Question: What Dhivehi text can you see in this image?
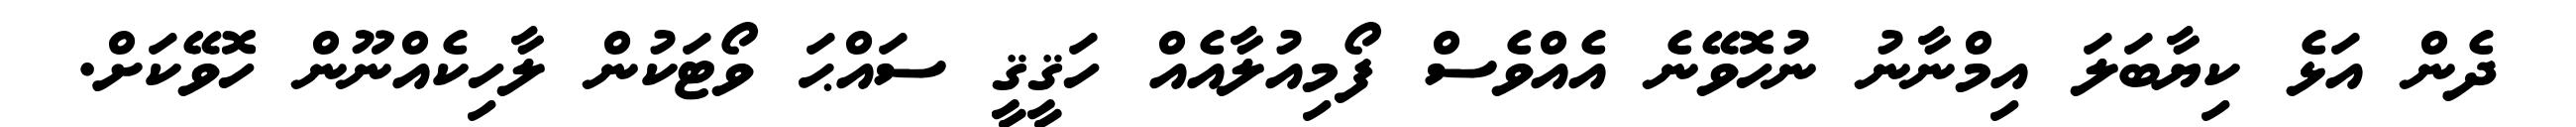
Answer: ދެން އަޅެ ކިޔާބަލަ އިމްނާނު ނުހޮވޭނެ އެއްވެސް ފޯމިއުލާއެއް ހަޤީޤީ ސައްޙަ ވޯޓަކުން ލާހިކެއްނޫން ހޮވޭކަށް.